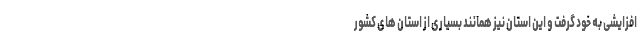
افزایشی به خود گرفت و این استان نیز همانند بسیاری از استان های کشور